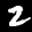
Label: 2